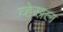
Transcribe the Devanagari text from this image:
व्हेसल